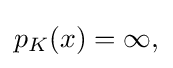
{\textstyle p_{K}(x)=\infty ,}